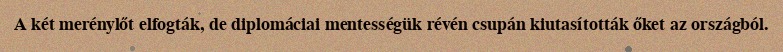
A két merénylőt elfogták, de diplomáciai mentességük révén csupán kiutasították őket az országból.